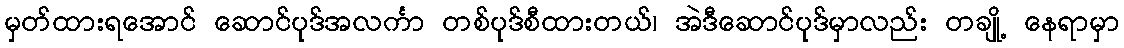
မှတ်ထားရအောင် ဆောင်ပုဒ်အလင်္ကာ တစ်ပုဒ်စီထားတယ်၊ အဲဒီဆောင်ပုဒ်မှာလည်း တချို့ နေရာမှာ